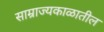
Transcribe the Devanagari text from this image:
साम्राज्यकाळातील